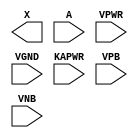
module sky130_fd_sc_lp__dlybuf4s50kapwr (
    X    ,
    A    ,
    VPWR ,
    VGND ,
    KAPWR,
    VPB  ,
    VNB
);

    output X    ;
    input  A    ;
    input  VPWR ;
    input  VGND ;
    input  KAPWR;
    input  VPB  ;
    input  VNB  ;
endmodule